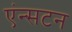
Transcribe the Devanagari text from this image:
एंन्सटन